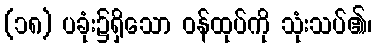
(၁၈) ပခုံး၌ရှိသော ဝန်ထုပ်ကို သုံးသပ်၏၊